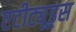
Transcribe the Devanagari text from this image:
एटीट्यूड्स